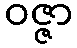
ဝဇ္ဇာ